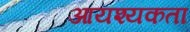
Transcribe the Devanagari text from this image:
आयश्यकता